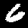
Label: 6